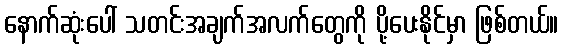
နောက်ဆုံးပေါ် သတင်းအချက်အလက်တွေကို ပို့ပေးနိုင်မှာ ဖြစ်တယ်။